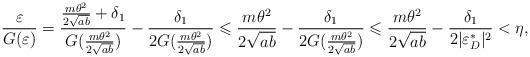
LaTeX: \begin{align*}\frac{\varepsilon}{G(\varepsilon)}=\frac{\frac{m\theta^2}{2\sqrt{ab}}+\delta_1}{G(\frac{m\theta^2}{2\sqrt{ab}})}-\frac{\delta_1}{2G(\frac{m\theta^2}{2\sqrt{ab}})}\leqslant \frac{m\theta^2}{2\sqrt{ab}}-\frac{\delta_1}{2G(\frac{m\theta^2}{2\sqrt{ab}})}\leqslant\frac{m\theta^2}{2\sqrt{ab}}-\frac{\delta_1}{2|\varepsilon_D^*|^2}<\eta,\end{align*}